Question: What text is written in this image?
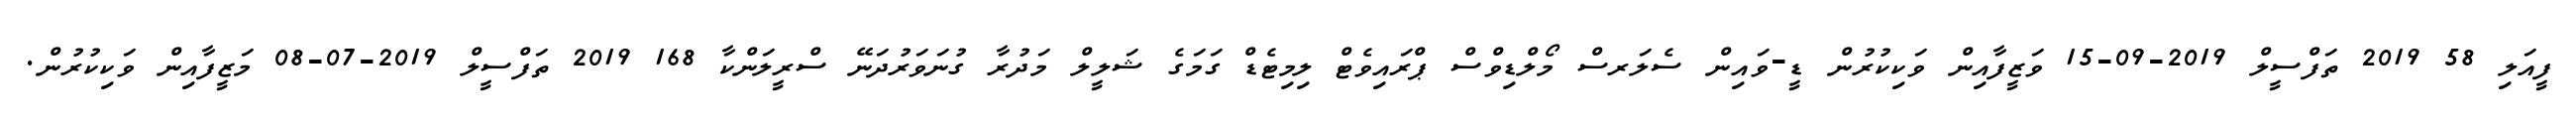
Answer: ފީއަލި 58 2019 ތަފްސީލް 2019-09-15 ވަޒީފާއިން ވަކިކުރުން ޑީ-ވައިން ސެލަރސް މޯލްޑިވްސް ޕްރައިވެޓް ލިމިޓެޑް ގަމަގެ ޝަލީލް މަދުރާ ގުނަވަރުދަނޭ ސްރީލަންކާ 168 2019 ތަފްސީލް 2019-07-08 މަޒީފާއިން ވަކިކުރުން.